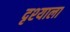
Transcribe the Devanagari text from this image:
दृश्‍याला